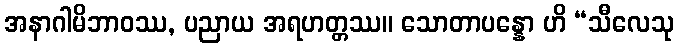
အနာဂါမိဘာဝဿ, ပညာယ အရဟတ္တဿ။ သောတာပန္နော ဟိ “သီလေသု